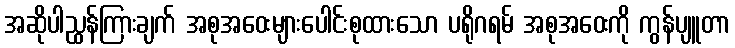
အဆိုပါညွှန်ကြားချက် အစုအဝေးများပေါင်းစုထားသော ပရိုဂရမ် အစုအဝေးကို ကွန်ပျူတာ